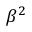
\beta ^ { 2 }